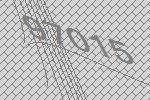
97015